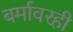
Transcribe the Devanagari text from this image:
बर्मावरही